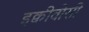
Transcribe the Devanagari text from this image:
इक्वीवोसी